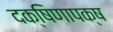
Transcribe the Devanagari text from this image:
दक्षिणापक्ष